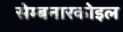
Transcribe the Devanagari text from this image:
सेम्बनारकोइल